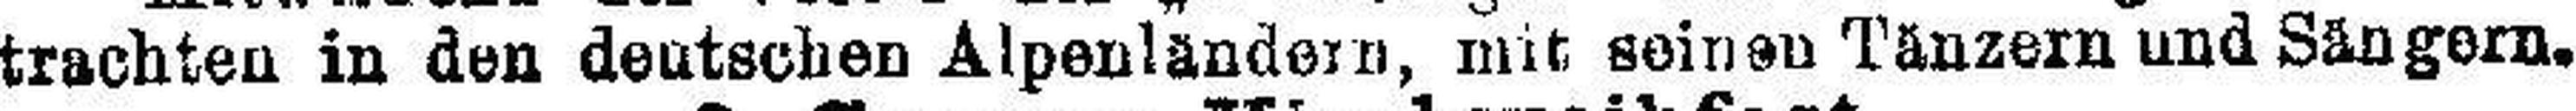
trachten in den deutschen Alpenländern, mit seinen Tänzern und Sängern.